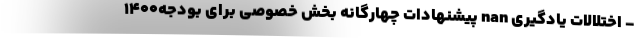
- اختلالات یادگیری nan پیشنهادات چهارگانه بخش خصوصی برای بودجه۱۴۰۰